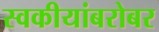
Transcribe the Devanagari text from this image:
स्वकीयांबरोबर